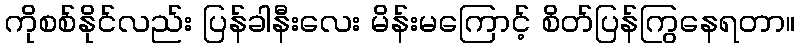
ကိုစစ်နိုင်လည်း ပြန်ခါနီးလေး မိန်းမကြောင့် စိတ်ပြန်ကြွနေရတာ။